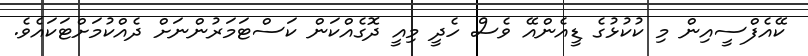
ކޭއެފްސީއިން މި ކުކުޅުގެ ޑީއެންއޭ ވެސް ހެދީ މިއީ ދޮގެއްކަން ކަސްޓަމަރުންނަށް ދެއްކުމަށްޓަކައެެވެ.